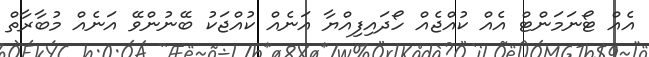
އެއް ޓޯނަމަންޓް އެއް ކުއްޖެއް ހޯދައިިފިއްޔާ އަނެއް ކުއްޖަކު ބޭނުންވޭ އަނެއް މުބާރާތް